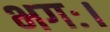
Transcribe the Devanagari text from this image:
भगः।